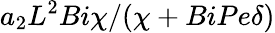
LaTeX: a_{2}L^{2}{Bi}\chi/(\chi+{Bi}{Pe}\delta)